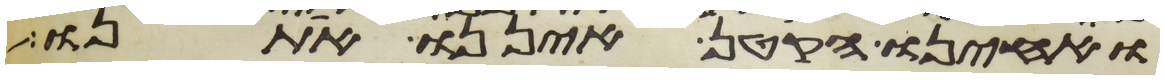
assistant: ואחינו הקטן איננו אתנו